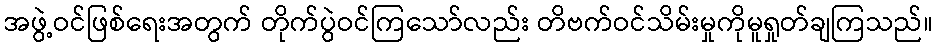
အဖွဲ့ဝင်ဖြစ်ရေးအတွက် တိုက်ပွဲဝင်ကြသော်လည်း တိဗက်ဝင်သိမ်းမှုကိုမူရှုတ်ချကြသည်။